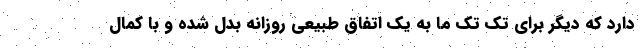
دارد که دیگر برای تک تک ما به یک اتفاق طبیعی روزانه بدل شده و با کمال